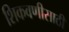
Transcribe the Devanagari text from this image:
शिकवणीसाठी